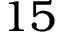
1 5